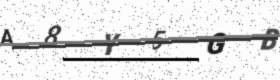
Text: A8Y5GB